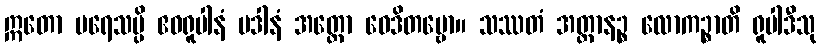
ဣတော ပရေသမ္ပိ ဧဝရူပါနံ ပဒါနံ အတ္ထော ဝေဒိတဗ္ဗော။ သဿတံ အတ္တာနဉ္စ လောကဉ္စာတိ ရူပါဒီသု